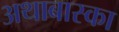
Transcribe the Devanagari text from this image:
अथाबास्का